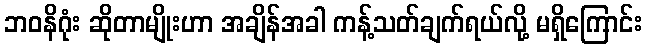
ဘဝနိဂုံး ဆိုတာမျိုးဟာ အချိန်အခါ ကန့်သတ်ချက်ရယ်လို့ မရှိကြောင်း